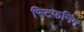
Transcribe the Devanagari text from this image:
स्टिफनिंग